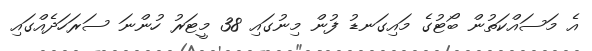
އެ މަސައްކަތުން ބޯޓުގެ މައިގަނޑު ފުން މިނުގައި 38 މީޓަރު ހުންނަ ސަރަހަދެއްގައި